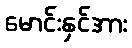
မောင်းနှင်အား